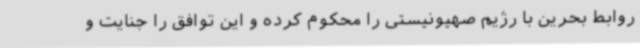
روابط بحرین با رژیم صهیونیستی را محکوم کرده و این توافق را جنایت و